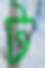
ট